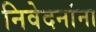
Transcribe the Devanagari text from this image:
निवेदनांना